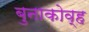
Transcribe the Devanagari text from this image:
बुनाकोव्ह